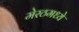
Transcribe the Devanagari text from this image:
मेरठमध्ये